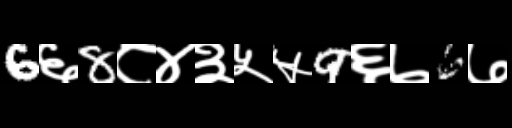
Text: 6६8८४३५५9६७6७